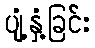
ပျံ့နှံ့ခြင်း